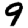
Digit: 9